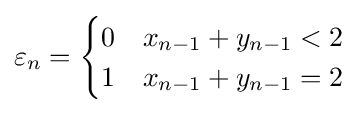
\varepsilon _{n}={\begin{cases}0&x_{n-1}+y_{n-1}<2\\1&x_{n-1}+y_{n-1}=2\end{cases}}